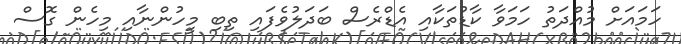
ހަމައަށް މުއްދަތު ހަމަވާ ކާޑުތަކާއި އެޑްރެސް ބަދަލުވެފައި ތިބި މީހުންނާއި މިހެން ގޮސް